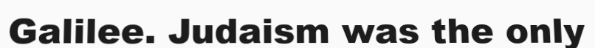
Galilee. Judaism was the only